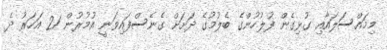
މިމައްސަލައާއި ގުޅިގެން ފުލުހުންގެ ބެލުމުގެ ދަށަށް ގެނެސްފައިވަނީ އުމުރުން 21 އަހަރު ދެ